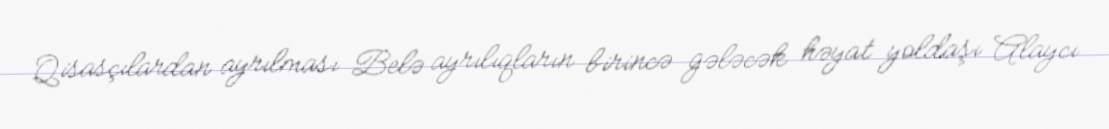
Qisasçılardan ayrılması Belə ayrılıqların birincə gələcək həyat yoldaşı Alaycı